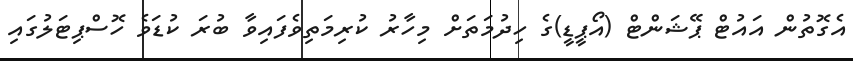
އެގޮތުން އައުޓް ޕޭޝަންޓް (އޯޕީޑީ)ގެ ހިދުމަތަށް މިހާރު ކުރިމަތިވެފައިވާ ބުރަ ކުޑަވެ ހޮސްޕިޓަލުގައި